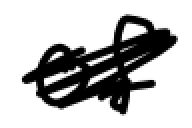
Text: of
Cross-out: scratch
Writing tool: digital_black